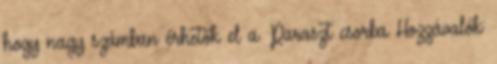
hogy nagy számban érhetők el a. Paraszt csorba Hozzávalók: